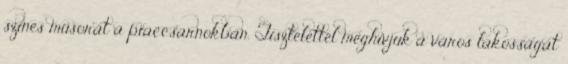
színes műsorát a piaccsarnokban. Tisztelettel meghívjuk a város lakosságát